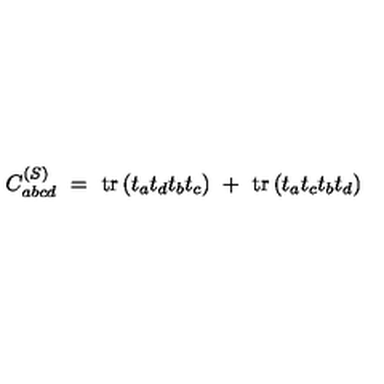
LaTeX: C _ { a b c d } ^ { ( S ) } \ = \ \mathrm { t r } \left( t _ { a } t _ { d } t _ { b } t _ { c } \right) \ + \ \mathrm { t r } \left( t _ { a } t _ { c } t _ { b } t _ { d } \right)